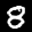
Digit: 8